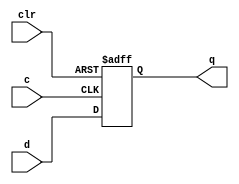
module FDC_1 ( d, c, clr, q);
input d,c,clr;
output q;
reg q;
always@(negedge c, posedge clr) begin
    if (clr) q<= 1'b0;
    else q<=d;
end
endmodule